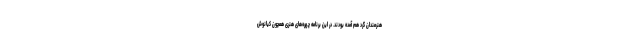
هنرمندان گرد هم آمده بودند. در این برنامه چهره‌های هنری همچون کیانوش